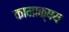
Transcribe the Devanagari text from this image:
कामाक्षय